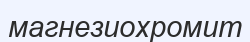
магнезиохромит